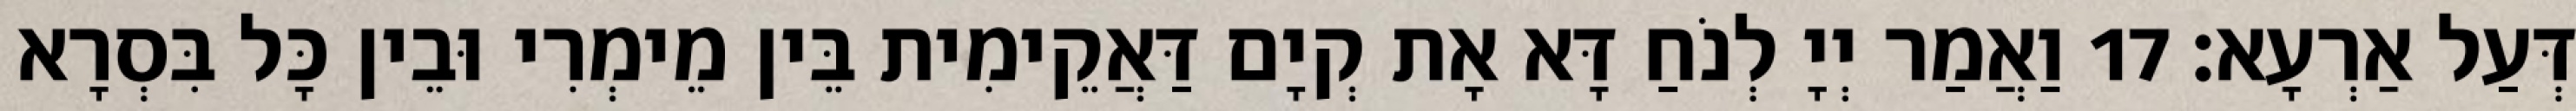
דְּעַל אַרְעָא׃ 17 וַאֲמַר יְיָ לְנֹחַ דָּא אָת קְיָם דַּאֲקֵימִית בֵּין מֵימְרִי וּבֵין כָּל בִּסְרָא